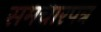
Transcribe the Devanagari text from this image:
समचारपत्र